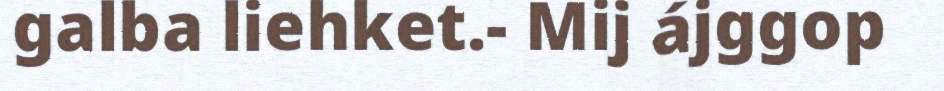
galba liehket.- Mij ájggop